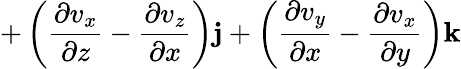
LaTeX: +\left({\frac{\partial v_{x}}{\partial z}}-{\frac{\partial v_{z}}{\partial x}}\right)\mathbf{j}+\left({\frac{\partial v_{y}}{\partial x}}-{\frac{\partial v_{x}}{\partial y}}\right)\mathbf{k}